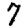
Digit: 7